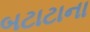
બટાટાના